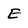
Character: E